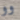
وو